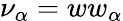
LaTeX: \nu_{\alpha}=ww_{\alpha}